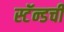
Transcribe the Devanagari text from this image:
स्टॅन्डची